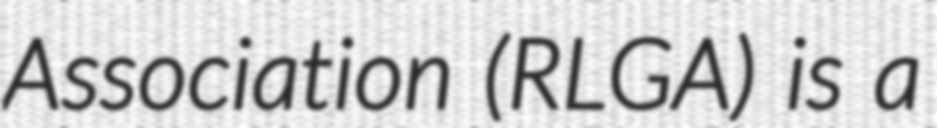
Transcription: Association (RLGA) is a